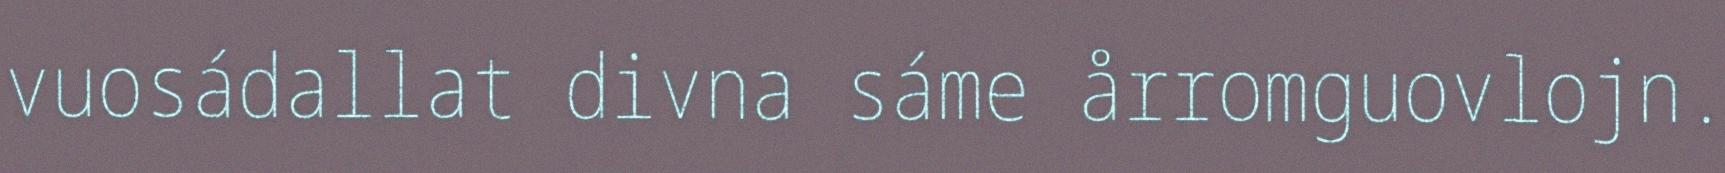
vuosádallat divna sáme årromguovlojn.